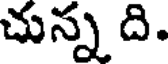
చున్న ది.